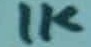
Text: 1K